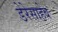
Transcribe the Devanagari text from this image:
डेरेसाहेब